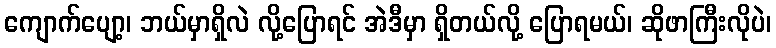
ကျောက်ပျော့၊ ဘယ်မှာရှိလဲ လို့ပြောရင် အဲဒီမှာ ရှိတယ်လို့ ပြောရမယ်၊ ဆိုဖာကြီးလိုပဲ၊